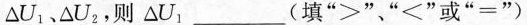
△U_{1}、△U_{2}，则△U_{1}___(填“＞”、“＜”或“=”)